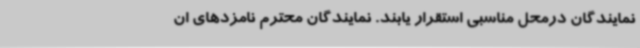
نمایندگان درمحل مناسبی استقرار یابند. نمایندگان محترم نامزدهای ان